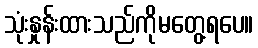
သုံးနှုန်းထားသည်ကိုမတွေ့ရပေ။